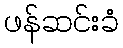
ဖန်ဆင်းခံ